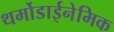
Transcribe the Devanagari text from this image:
थर्मोडाईनेमिक